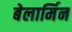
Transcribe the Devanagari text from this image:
बेलार्मिन